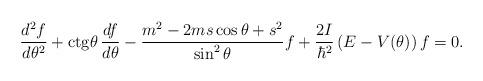
LaTeX: \begin{align*}\frac{d^{2}f}{d\theta^{2}}+{\rm ctg}\theta \,\frac{df}{d\theta}-\frac{m^{2}-2ms\cos\theta+s^{2}}{\sin^{2}\theta}f+\frac{2I}{\hbar^{2}}\left(E-V(\theta)\right)f=0.\end{align*}